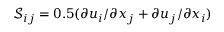
\mathcal { S } _ { i j } = 0 . 5 ( \partial u _ { i } / \partial x _ { j } + \partial u _ { j } / \partial x _ { i } )